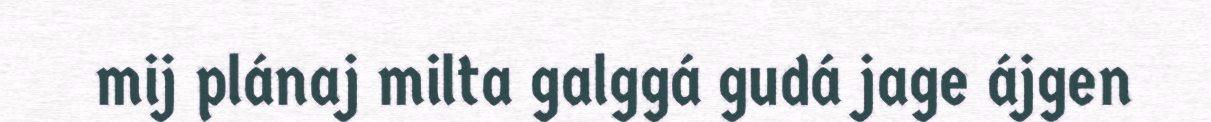
mij plánaj milta galggá gudá jage ájgen